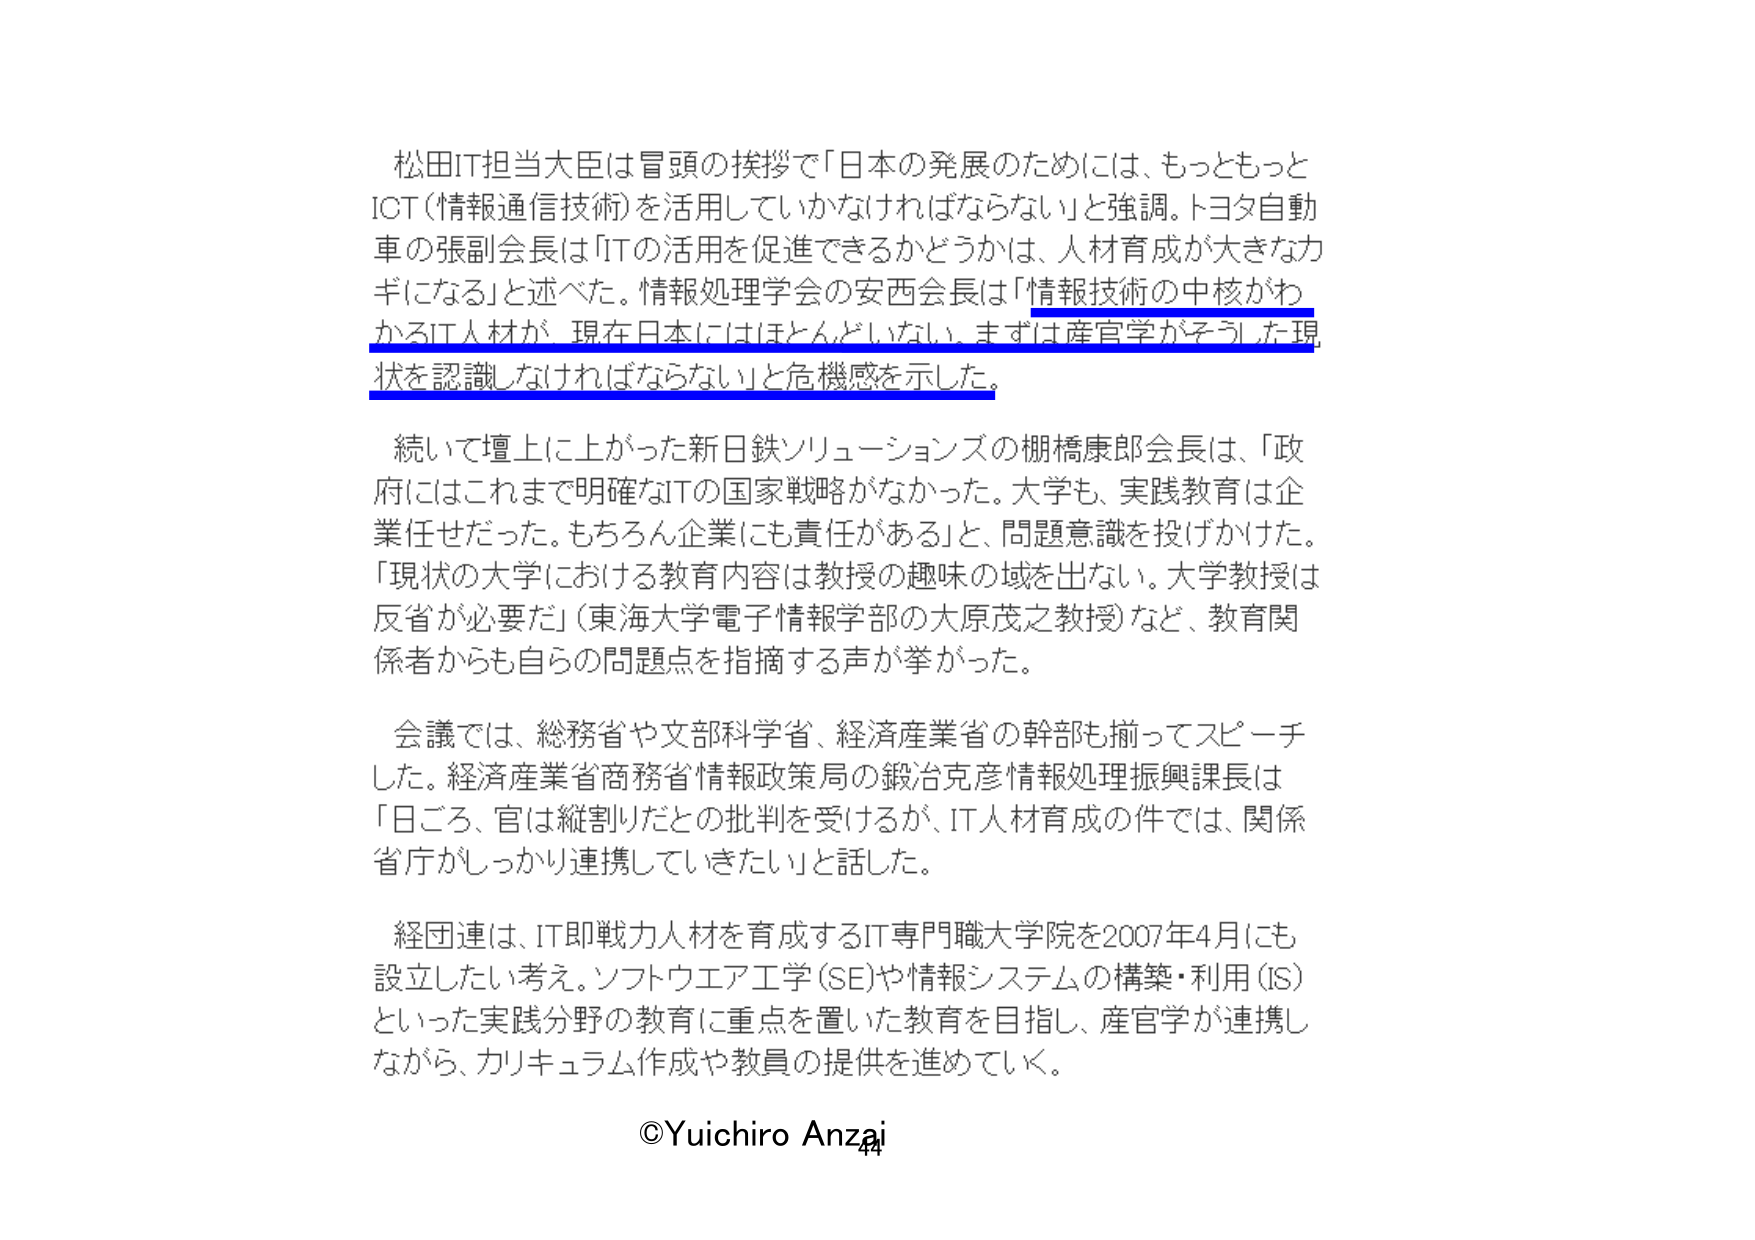
松田IT担当大臣は冒頭の挨拶で「日本の発展のためには、もっともっとICT（情報通信技術）を活用していかなければならない」と強調。トヨタ自動車の張副会長は「ITの活用を促進できるかどうかは、人材育成が大きな力ギになる」と述べた。情報処理学会の安西会長は「情報技術の中核がわかるIT人材が、現在日本にはほとんどいない。まずは産官学がそうした現状を認識しなければならない」と危機感を示した。

続いて壇上に上がった新日鉄ソリューションズの棚橋康郎会長は、「政府にはこれまで明確なITの国家戦略がなかった。大学も、実践教育は企業任せだった。もちろん企業にも責任がある」と、問題意識を投げかけた。「現状の大学における教育内容は教授の趣味の域を出ない。大学教授は反省が必要だ」（東海大学電子情報学部の大原茂之教授）など、教育関係者からも自らの問題点を指摘する声が挙がった。

会議では、総務省や文部科学省、経済産業省の幹部も揃ってスピーチした。経済産業省商務省情報政策局の鍛冶克彦情報処理振興課長は「日ごろ、官は縦割りだとの批判を受けるが、IT人材育成の件では、関係省庁がしっかり連携していきたい」と話した。

経団連は、IT即戦力人材を育成するIT専門職大学院を2007年4月にも設立したい考え。ソフトウェア工学（SE）や情報システムの構築・利用（IS）といった実践分野の教育に重点を置いた教育を目指し、産官学が連携しながら、カリキュラム作成や教員の提供を進めていく。

©Yuichiro Anzai